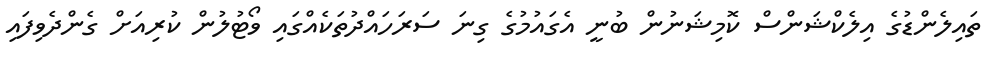
ތައިލެންޑުގެ އިލެކްޝަންސް ކޮމިޝަނުން ބުނީ އެގައުމުގެ ގިނަ ސަރަހައްދުތަކެއްގައި ވޯޓުލުން ކުރިއަށް ގެންދެވިފައި